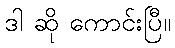
ဒါ ဆို ကောင်းပြီ။